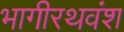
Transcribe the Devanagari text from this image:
भागीरथवंश